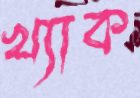
খ্যাক